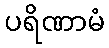
ပရိဏာမံ